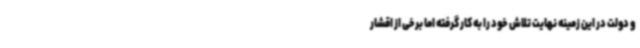
و دولت در این زمینه نهایت تلاش خود را به کار گرفته اما برخی از اقشار